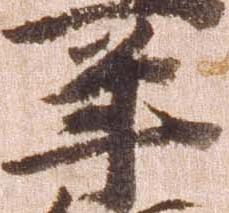
年